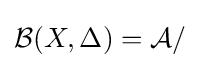
{\mathcal {B}}(X,\Delta )={\mathcal {A}}/